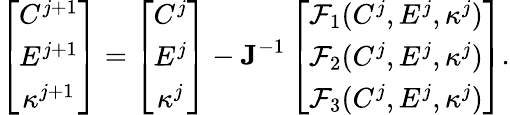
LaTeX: \left[\begin{array}{ccccccc}{C^{j+1}}\\ {E^{j+1}}\\ {\kappa^{j+1}}\end{array}\right]=\left[\begin{array}{ccccccc}{C^{j}}\\ {E^{j}}\\ {\kappa^{j}}\end{array}\right]-\textbf{J}^{-1}\left[\begin{array}{ccccccc}{\mathcal{F}_{1}(C^{j},E^{j},\kappa^{j})}\\ {\mathcal{F}_{2}(C^{j},E^{j},\kappa^{j})}\\ {\mathcal{F}_{3}(C^{j},E^{j},\kappa^{j})}\end{array}\right].